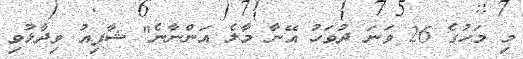
މި މަހުގެ 26 ވަނަ ދުވަހު އޭނާ މާލެ އަންނާނެ" ޝާފިއު ވިދާޅުވި